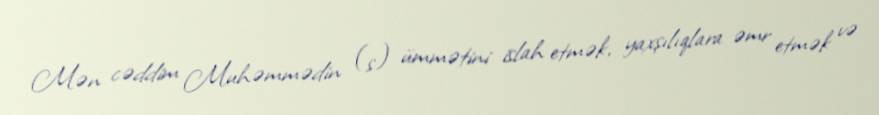
Mən cəddim Muhəmmədin (s) ümmətini islah etmək, yaxşılıqlara əmr etmək və